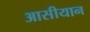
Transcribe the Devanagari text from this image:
आसीयान